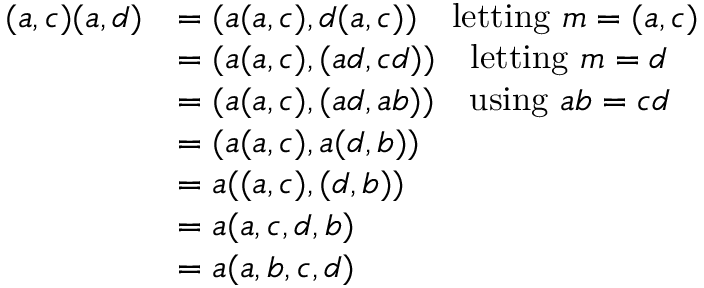
\begin{array} { r l } { ( a , c ) ( a , d ) } & { = ( a ( a , c ) , d ( a , c ) ) \quad \mathrm { l e t t i n g ~ } m = ( a , c ) } \\ & { = ( a ( a , c ) , ( a d , c d ) ) \quad \mathrm { l e t t i n g ~ } m = d } \\ & { = ( a ( a , c ) , ( a d , a b ) ) \quad \mathrm { u s i n g ~ } a b = c d } \\ & { = ( a ( a , c ) , a ( d , b ) ) } \\ & { = a ( ( a , c ) , ( d , b ) ) } \\ & { = a ( a , c , d , b ) } \\ & { = a ( a , b , c , d ) } \end{array}